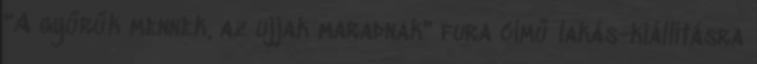
"A gyűrűk mennek, az ujjak maradnak" fura című lakás-kiállításra